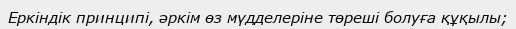
Еркіндік принципі, әркім өз мүдделеріне төреші болуға құқылы;